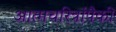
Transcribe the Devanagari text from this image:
आत्मचरित्रांपैकी